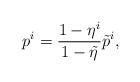
LaTeX: \begin{align*} p^{i}= \frac{1-\eta^{i}}{1-\tilde{\eta}} \tilde{p}^{i},\end{align*}